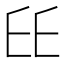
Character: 𠂩